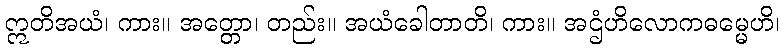
ဣတိအယံ၊ ကား။ အတ္တော၊ တည်း။ အယံခေါတာတိ၊ ကား။ အဌံဟိလောကဓမ္မေဟိ၊